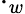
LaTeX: \cdot_{w}